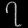
Digit: ၇